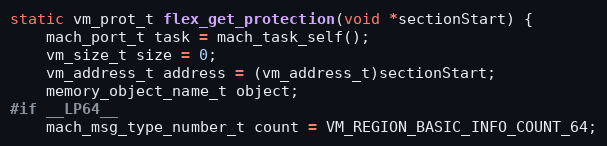
Language: C
static vm_prot_t flex_get_protection(void *sectionStart) {
    mach_port_t task = mach_task_self();
    vm_size_t size = 0;
    vm_address_t address = (vm_address_t)sectionStart;
    memory_object_name_t object;
#if __LP64__
    mach_msg_type_number_t count = VM_REGION_BASIC_INFO_COUNT_64;